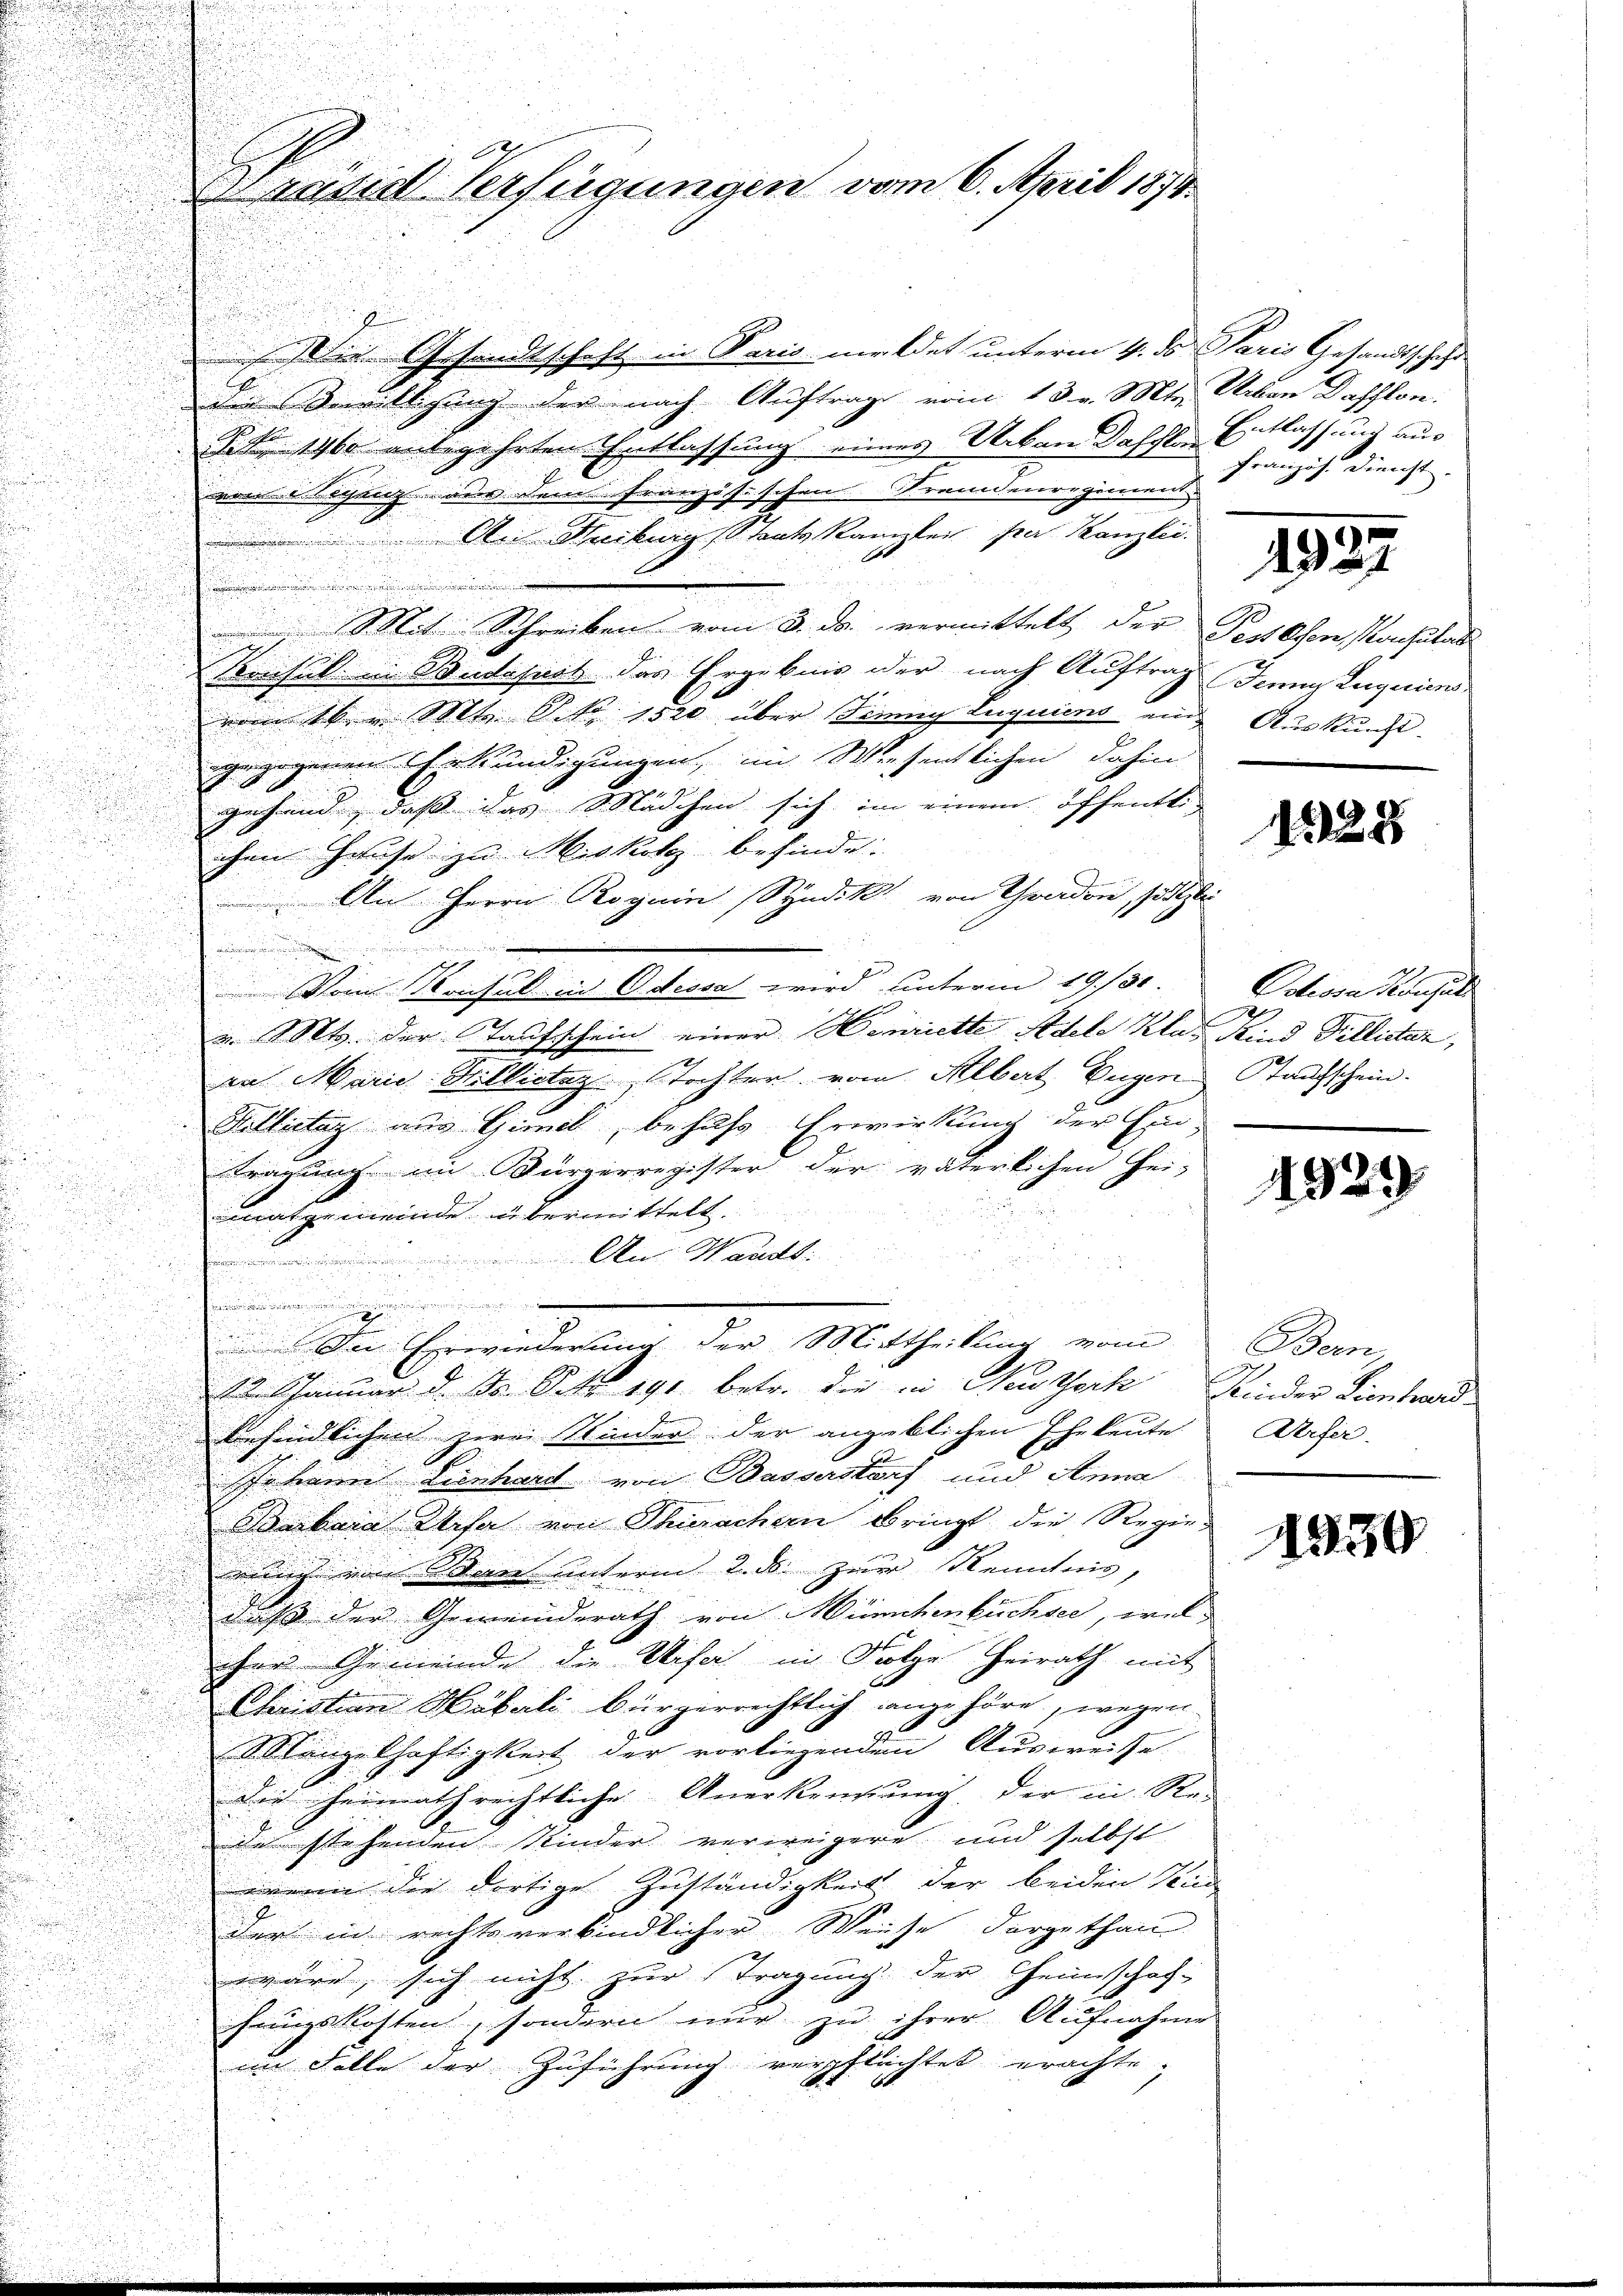
ie Gesandtschaft in Paris meldet unterm 4. ds. Paris Gesandtschaft
die Verwilligung der nach Auftrag vom 13. v. Mts. Ueben Dafflon.
21. No 1460 unbegehrten Entlassung eines Urban Deschlan
von begang aus dem Französischen Fraunenregiment
.
An Khreibung Staatskanzlei par Kanzlei.
i
e
 Mit Schreiben vom 3. ds. vermittelt der Pestehen Konsulat
Konsul in Bundesart das Ergebnis der nach Auftrag Jenny Luquiens
vom 16. Mt. No 1520 über Seinig Luquiens and
ige gegenen Erkundigungen, im Wiesentlichen dahin
u
i
gehend, daß das Mädchen sich im einem öffentl.
n

iche Hause zu Miskotz befinde.
.
i
An Herrn Roguin Syndik von Graden, sittlei

i

.

Vom Konsul in Odessa wird unterm 19./30.
n
v. Mts. der Taufschein einer Henriette Adele Klas Kind Tillictar,
an Marie Willictaz Tochter vom Albert Eugen Taufschein.

Billictag aus Gimel, behufs Erwirkung der Ein-
i

tragung im Bürgerregister der väterlichen Hei-

matgemeinde übermittelt.

An Waadt

u
2

u
r
a
.
.

 Der Erwiederung der Mittheilung vom

15. Januar d. d. S. 191. betr. die in Neuzerk
befindlichen zwei Kinder der angeblichen Eheleute.
6.
Ir kein Lienhaerit von Basserstorf und Anna
Soebene Kiesa von Thierachen bringt die Regieekiest eine Werne unterm 2. ds. zur Kenntnis,
daß der Gemeinderath von Münchenbüchsee, welihre Gemeinde die Weiser in Folge heirath mit
Christion Hubali bürgerrechtlich angehöre, wegen
MManze Schaftigkeit der vorliegenden Ausweise.
Die heimathrechtliche Anerkennung der in Re-
de stehenden Kinder verweigere und selbst
n die dortige Zuständigkeit der beiden Send
der in rechtsverbindlicher Weise dargethan.
wäre, sich nicht zur Tragung der Heimschaf-
hungskosten, sondern nur zu ihrer Aufnahme
im Falle der Zuführung verpflichtet erachte.
i
u
.

radie Verfügungen vom 6. April 1874.

Entlassung aus
Französ. Dienst.

1927

Auskunft.

1325

Cotiora Pecusati
2

1929

Bern,
Kinder Lienhard.
Werfer.

1330